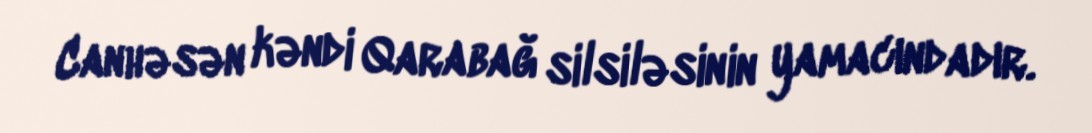
Canhəsən kəndi Qarabağ silsiləsinin yamacındadır.